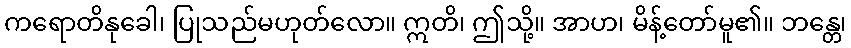
ကရောတိနုခေါ၊ ပြုသည်မဟုတ်လော။ ဣတိ၊ ဤသို့။ အာဟ၊ မိန့်တော်မူ၏။ ဘန္တေ၊